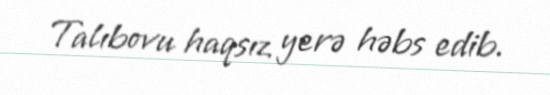
Talıbovu haqsız yerə həbs edib.